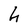
Character: h